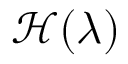
\mathcal { H } ( \lambda )